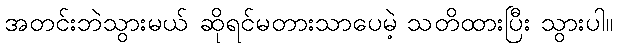
အတင်းဘဲသွားမယ် ဆိုရင်မတားသာပေမဲ့ သတိထားပြီး သွားပါ။